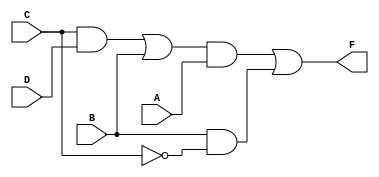
//fig 3-20 (b) pg. 122
module mod3_31_b(F, A, B, C, D);
    output F;
    input A, B, C, D;
    wire nand1_wire, nand2_wire, or2_wire, and3_wire;

    nand G1(and1_wire, C, D);
    or G2(or2_wire, ~and1_wire, B);
    nand G3(and2_wire, B, ~C);
    nand G4(and3_wire, or2_wire, A);
    or G5(F, ~and3_wire, ~and2_wire);
endmodule

module mod3_31_b_tb;
reg a, b, c, d;
wire y;

mod3_31_b circuit(y, a, b, c, d);
initial
begin
$monitor("a=%b, b=%b, c=%b, d=%b, y=%b", a, b, c, d, y);
a = 0; b = 0; c = 0; d = 0; #10;
a = 0; b = 0; c = 0; d = 1; #10;
a = 0; b = 0; c = 1; d = 0; #10;
a = 0; b = 0; c = 1; d = 1; #10;
a = 0; b = 1; c = 0; d = 0; #10;
a = 0; b = 1; c = 0; d = 1; #10;
a = 0; b = 1; c = 1; d = 0; #10;
a = 0; b = 1; c = 1; d = 1; #10;
a = 1; b = 0; c = 0; d = 0; #10;
a = 1; b = 0; c = 0; d = 1; #10;
a = 1; b = 0; c = 1; d = 0; #10;
a = 1; b = 0; c = 1; d = 1; #10;
a = 1; b = 1; c = 0; d = 0; #10;
a = 1; b = 1; c = 0; d = 1; #10;
a = 1; b = 1; c = 1; d = 0; #10;
a = 1; b = 1; c = 1; d = 1; #10;
$finish;
end
endmodule